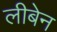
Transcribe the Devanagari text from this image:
लीबेन